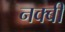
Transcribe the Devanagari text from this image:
नक्बी